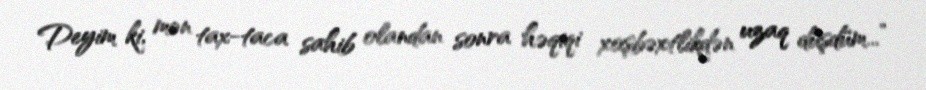
Deyim ki, mən tax-taca sahib olandan sonra həqiqi xoşbəxtlikdən uzaq düşdüm...”